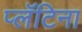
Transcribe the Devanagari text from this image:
प्लॅटिना